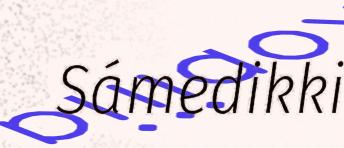
Sámedikki